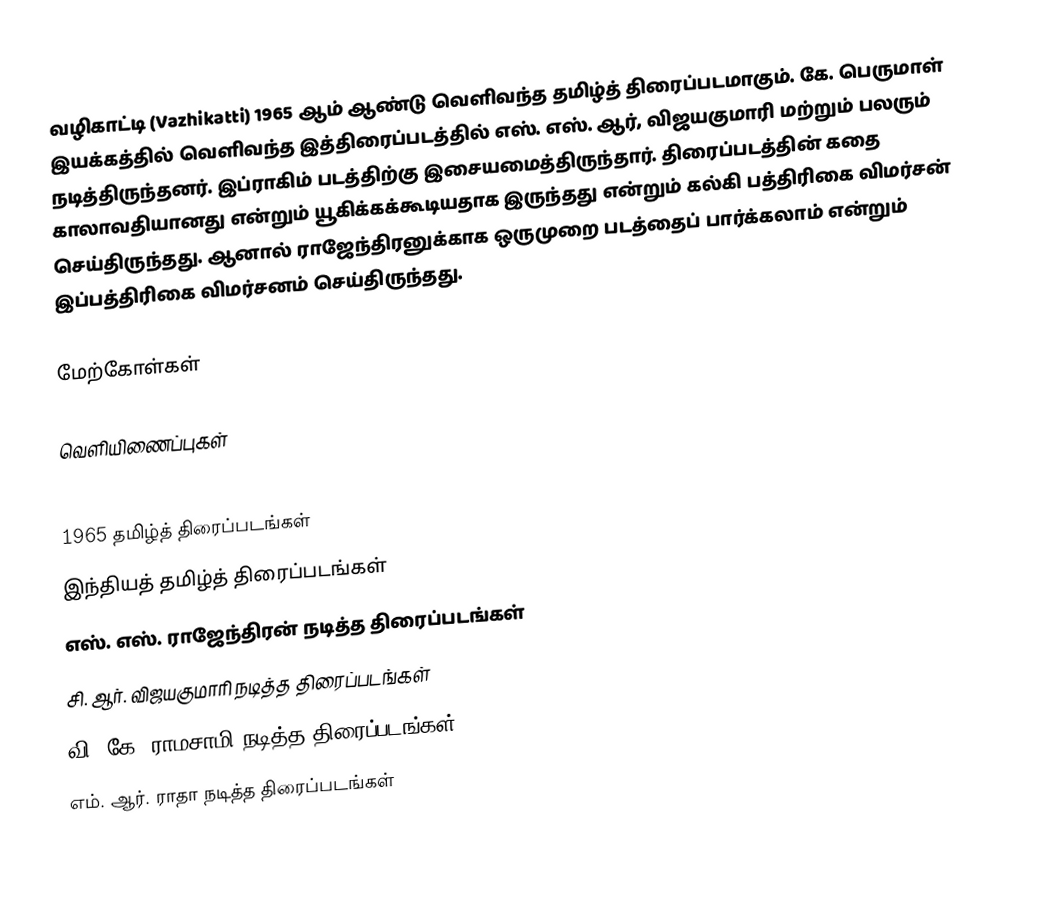
வழிகாட்டி (Vazhikatti) 1965 ஆம் ஆண்டு வெளிவந்த தமிழ்த் திரைப்படமாகும். கே. பெருமாள் இயக்கத்தில் வெளிவந்த இத்திரைப்படத்தில் எஸ். எஸ். ஆர், விஜயகுமாரி மற்றும் பலரும் நடித்திருந்தனர். இப்ராகிம் படத்திற்கு இசையமைத்திருந்தார். திரைப்படத்தின்  கதை காலாவதியானது என்றும் யூகிக்கக்கூடியதாக இருந்தது என்றும் கல்கி பத்திரிகை  விமர்சன் செய்திருந்தது. ஆனால் ராஜேந்திரனுக்காக ஒருமுறை படத்தைப்  பார்க்கலாம் என்றும் இப்பத்திரிகை விமர்சனம் செய்திருந்தது.

மேற்கோள்கள்

வெளியிணைப்புகள்

1965 தமிழ்த் திரைப்படங்கள்
இந்தியத் தமிழ்த் திரைப்படங்கள்
எஸ். எஸ். ராஜேந்திரன் நடித்த திரைப்படங்கள்
சி. ஆர். விஜயகுமாரி நடித்த திரைப்படங்கள்
வி. கே. ராமசாமி நடித்த திரைப்படங்கள்
எம். ஆர். ராதா நடித்த திரைப்படங்கள்